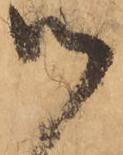
御